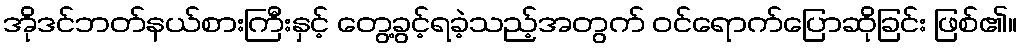
အိုဒင်ဘတ်နယ်စားကြီးနှင့် တွေ့ခွင့်ရခဲ့သည့်အတွက် ဝင်ရောက်ပြောဆိုခြင်း ဖြစ်၏။